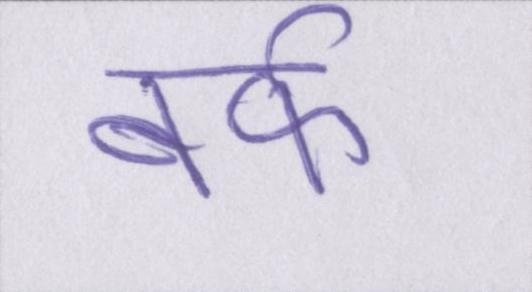
बर्फ